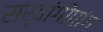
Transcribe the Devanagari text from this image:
सर्वांगोपांग